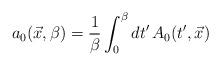
LaTeX: \begin{align*}a_{0}(\vec{x},\beta) = {1\over \beta} \int_{0}^{\beta}dt'\,A_{0}(t',\vec{x})\end{align*}